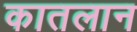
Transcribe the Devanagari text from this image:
कातलान